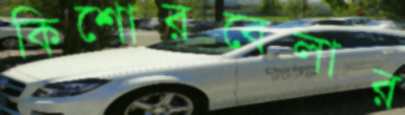
কিশোরবেলার